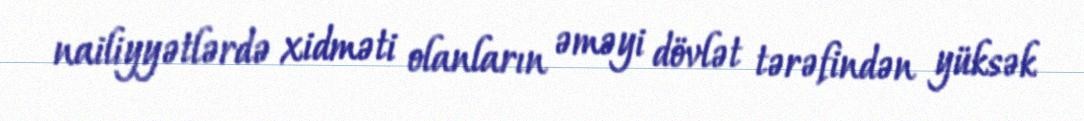
nailiyyətlərdə xidməti olanların əməyi dövlət tərəfindən yüksək